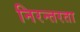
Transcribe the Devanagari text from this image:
निरन्‍तरता